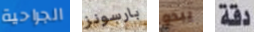
الجراحية بارسونز يبدو دقة